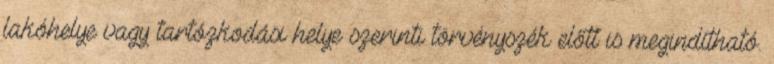
lakóhelye vagy tartózkodási helye szerinti törvényszék előtt is megindítható.